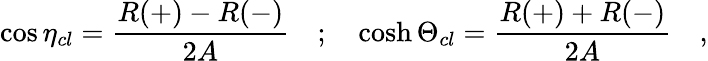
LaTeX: \cos\eta_{cl}=\frac{R(+)-R(-)}{2A}\quad;\quad\cosh\Theta_{cl}=\frac{R(+)+R(-)}{2A}\quad,